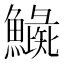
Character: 𩻼